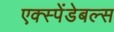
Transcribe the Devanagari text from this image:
एक्स्पेंडेबल्स